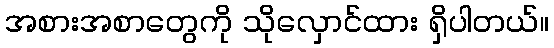
အစားအစာတွေကို သိုလှောင်ထား ရှိပါတယ်။